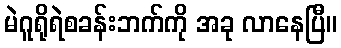
မဲဂူရိုရဲစခန်းဘက်ကို အခု လာနေပြီ။